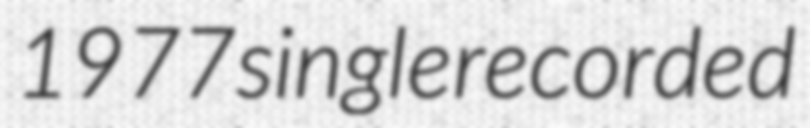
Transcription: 1977 single recorded